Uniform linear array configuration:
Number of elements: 4
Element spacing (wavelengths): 0.25
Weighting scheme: hamming
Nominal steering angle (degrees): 15
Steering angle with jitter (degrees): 13.43
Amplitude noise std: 0.05
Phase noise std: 0.05

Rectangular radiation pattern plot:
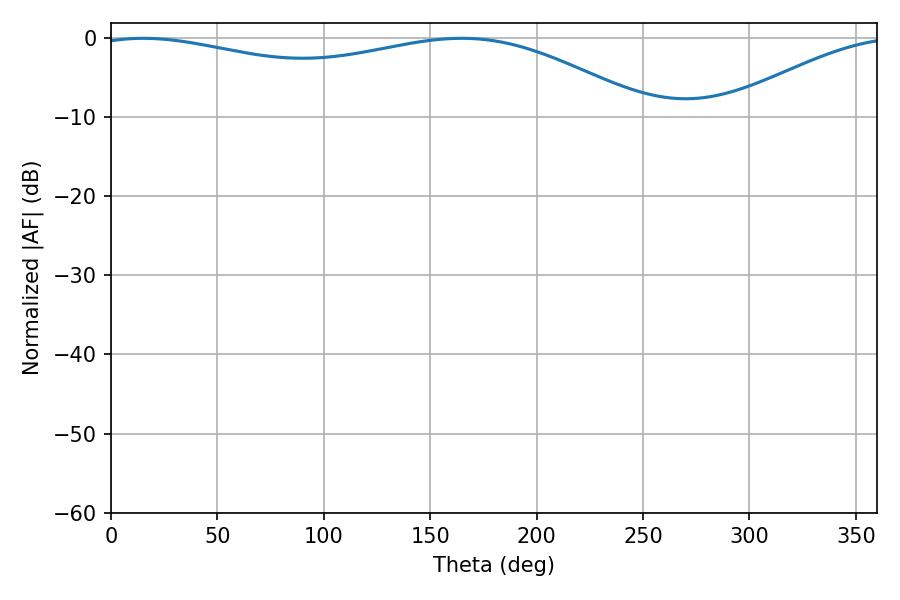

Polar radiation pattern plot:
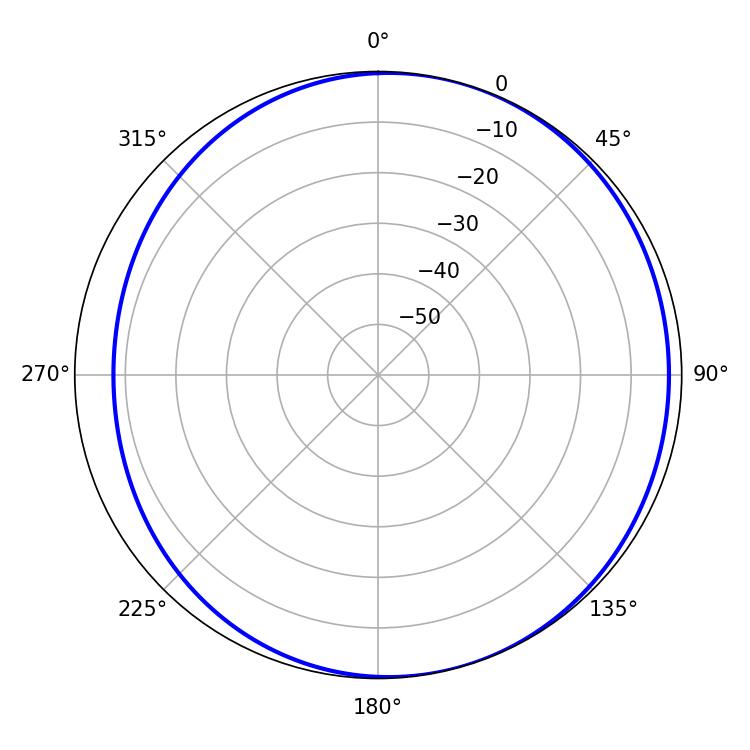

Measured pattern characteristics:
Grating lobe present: FALSE
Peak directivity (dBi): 3.964
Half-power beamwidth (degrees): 212.94
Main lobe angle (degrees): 15.12